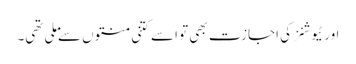
اور ٹیوشنز کی اجازت بھی تو اسے کتنی منتوں سے ملی تھی۔